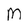
Character: M